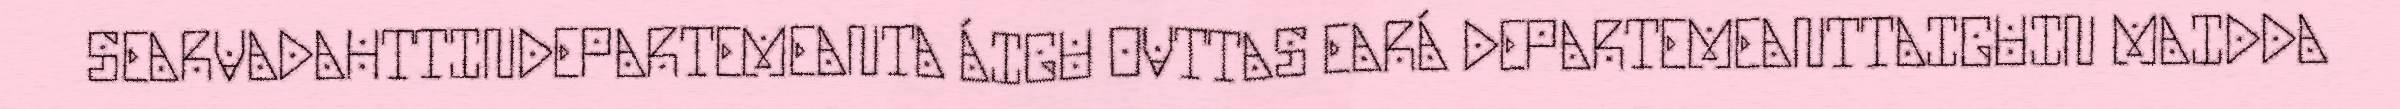
SEARVADAHTTINDEPARTEMEANTA ÁIGU OVTTAS EARÁ DEPARTEMEANTTAIGUIN MAIDDA